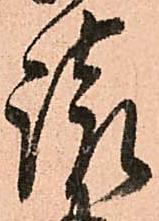
請